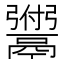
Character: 𫙆